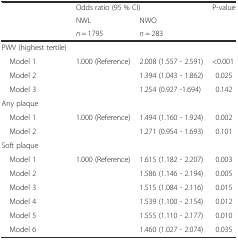
<table><thead><tr><td></td><td colspan="2"><b>Odds ratio (95 % CI)</b></td><td><b>P-value</b></td></tr><tr><td rowspan="2"></td><td><b>NWL</b></td><td><b>NWO</b></td><td rowspan="2"></td></tr><tr><td><b><i>n</i> = 1795</b></td><td><b><i>n</i> = 283</b></td></tr></thead><tbody><tr><td>PWV (highest tertile)</td><td></td><td></td><td></td></tr><tr><td> Model 1</td><td rowspan="3">1.000 (Reference)</td><td>2.008 (1.557 - 2.591)</td><td>&lt;0.001</td></tr><tr><td> Model 2</td><td>1.394 (1.043 - 1.862)</td><td>0.025</td></tr><tr><td> Model 3</td><td>1.254 (0.927 -1.694)</td><td>0.142</td></tr><tr><td>Any plaque</td><td></td><td></td><td></td></tr><tr><td> Model 1</td><td rowspan="2">1.000 (Reference)</td><td>1.494 (1.160 - 1.924)</td><td>0.002</td></tr><tr><td> Model 2</td><td>1.271 (0.954 - 1.693)</td><td>0.101</td></tr><tr><td>Soft plaque</td><td></td><td></td><td></td></tr><tr><td> Model 1</td><td rowspan="6">1.000 (Reference)</td><td>1.615 (1.182 - 2.207)</td><td>0.003</td></tr><tr><td> Model 2</td><td>1.586 (1.146 - 2.194)</td><td>0.005</td></tr><tr><td> Model 3</td><td>1.515 (1.084 - 2.116)</td><td>0.015</td></tr><tr><td> Model 4</td><td>1.539 (1.100 - 2.154)</td><td>0.012</td></tr><tr><td> Model 5</td><td>1.555 (1.110 - 2.177)</td><td>0.010</td></tr><tr><td> Model 6</td><td>1.460 (1.027 - 2.074)</td><td>0.035</td></tr></tbody></table>